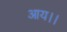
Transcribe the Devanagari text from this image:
आय।।